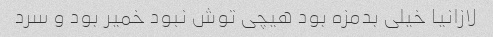
لازانیا خیلی بدمزه بود هیچی توش نبود خمیر بود و سرد